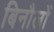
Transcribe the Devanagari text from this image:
बिनौलों